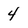
Character: 4